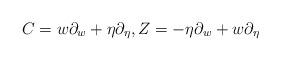
LaTeX: \begin{align*}C=w \partial_w+\eta \partial_\eta,Z=-\eta \partial_w+w \partial_\eta\end{align*}